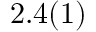
2 . 4 ( 1 )